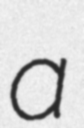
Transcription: a